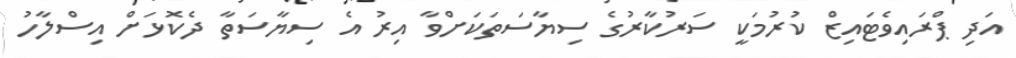
އަދި ޕްރައިވެޓައިޒް ކުރުމަކީ ސަރުކާރުގެ ސިޔާސަތަކަށްވާ އިރު އެ ސިޔާސަތާ ދެކޮޅަށް އިސްލާހު